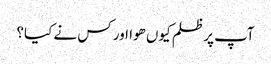
آپ پر ظلم کیوں ھوا اور کس نے کیا؟